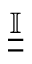
\underline { { \underline { { \mathbb { I } } } } }